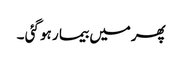
پھرمیں بیما ر ہو گئی ۔